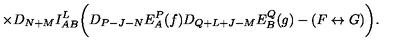
\times D _ { N + M } I _ { A B } ^ { L } \biggl ( D _ { P - J - N } E _ { A } ^ { P } ( f ) D _ { Q + L + J - M } E _ { B } ^ { Q } ( g ) - ( F \leftrightarrow G ) \biggr ) .